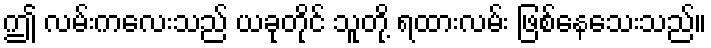
ဤ လမ်းကလေးသည် ယခုတိုင် သူတို့ ရထားလမ်း ဖြစ်နေသေးသည်။